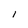
Character: l